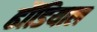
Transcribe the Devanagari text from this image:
ढौंडियाल